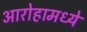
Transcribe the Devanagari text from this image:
आरोहामध्ये